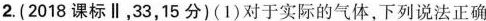
2.(2018课标Ⅱ，33，15分)(1)对于实际的气体，下列说法正确